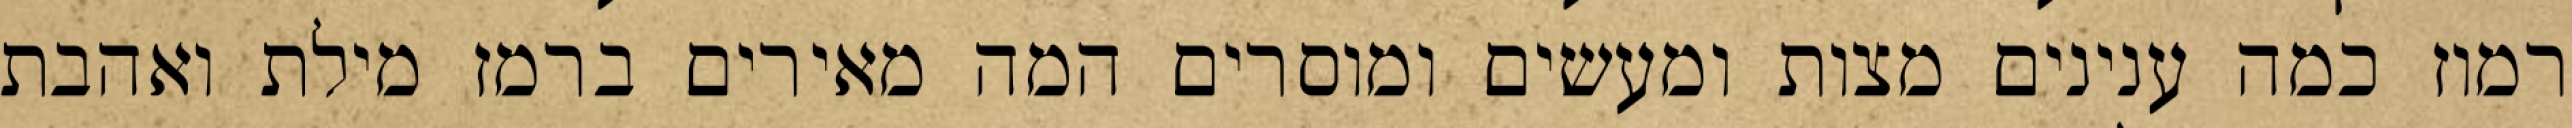
רמוז כמה ענינים מצות ומעשים ומוסרים המה מאירים ברמז מילת ואהבת